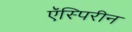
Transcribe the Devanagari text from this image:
ऍस्पिरीन